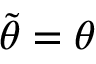
\tilde { \theta } = \theta